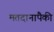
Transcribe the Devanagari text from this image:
मतदानापैकी